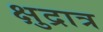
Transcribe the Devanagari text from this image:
क्षुद्रात्र